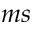
m s